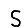
Digit: 5